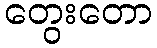
တွေးတော